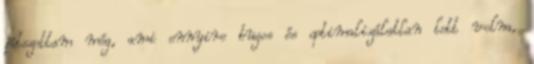
játszottam még, ami ennyire bugos és optimalizálatlan lett volna,